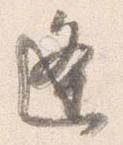
逢